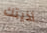
أذيتك